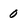
Character: 0